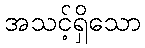
အသင့်ရှိသော